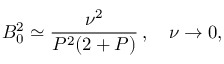
B _ { 0 } ^ { 2 } \simeq \frac { \nu ^ { 2 } } { P ^ { 2 } ( 2 + P ) } \, , \quad \nu \to 0 ,